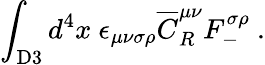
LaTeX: \int_{\mathrm{D3}}d^{4}x~\epsilon_{\mu\nu\sigma\rho}{\overline{{C}}}_{R}^{\mu\nu}F_{-}^{\sigma\rho}~.